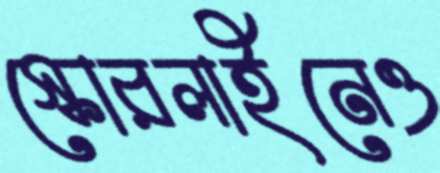
স্কোরলাইনেও